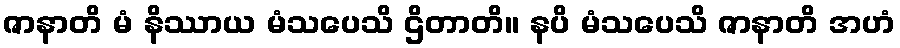
ဇာနာတိ မံ နိဿာယ မံသပေသိ ဌိတာတိ။ နပိ မံသပေသိ ဇာနာတိ အဟံ